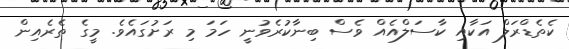
ކެތެޑްރަލް އަކާއި ކާސަލްއެއް ވެސް ބިނާކުރެވުނީ ހަމަ މި ރަށުގައެވެ. މީގެ ތެރެއިން